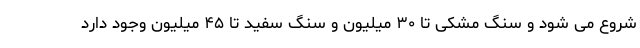
شروع می شود و سنگ مشکی تا ۳۰ میلیون و سنگ سفید تا ۴۵ میلیون وجود دارد